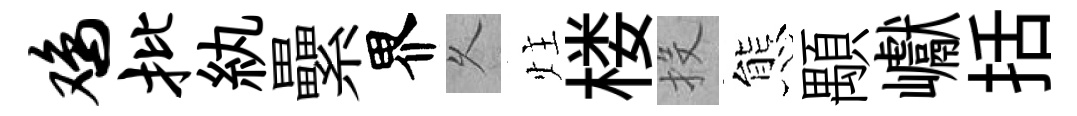
鸡批紈纍界乆炷楼投態顒巘括